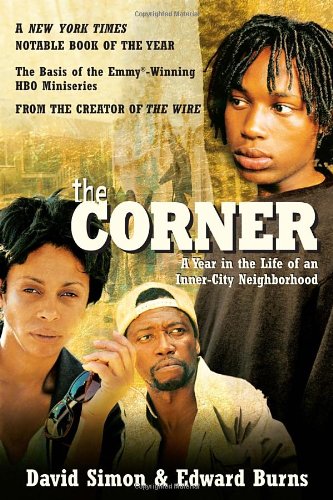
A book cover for The Corner: A Year in the Life of an Inner-City Neighborhood; David Simon; Politics & Social Sciences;